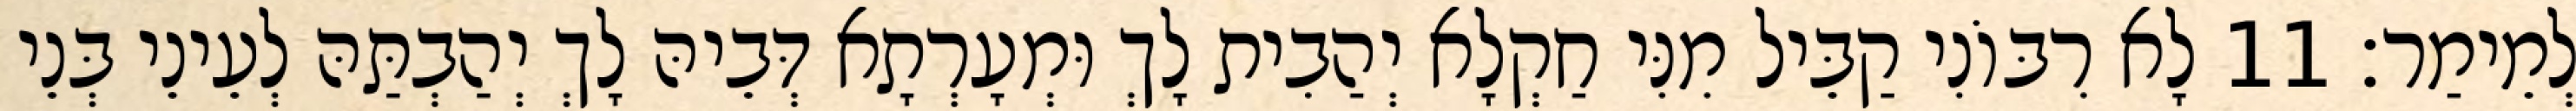
לְמֵימַר׃ 11 לָא רִבּוֹנִי קַבֵּיל מִנִּי חַקְלָא יְהַבִית לָךְ וּמְעָרְתָא דְּבֵיהּ לָךְ יְהַבְתַּהּ לְעֵינֵי בְּנֵי